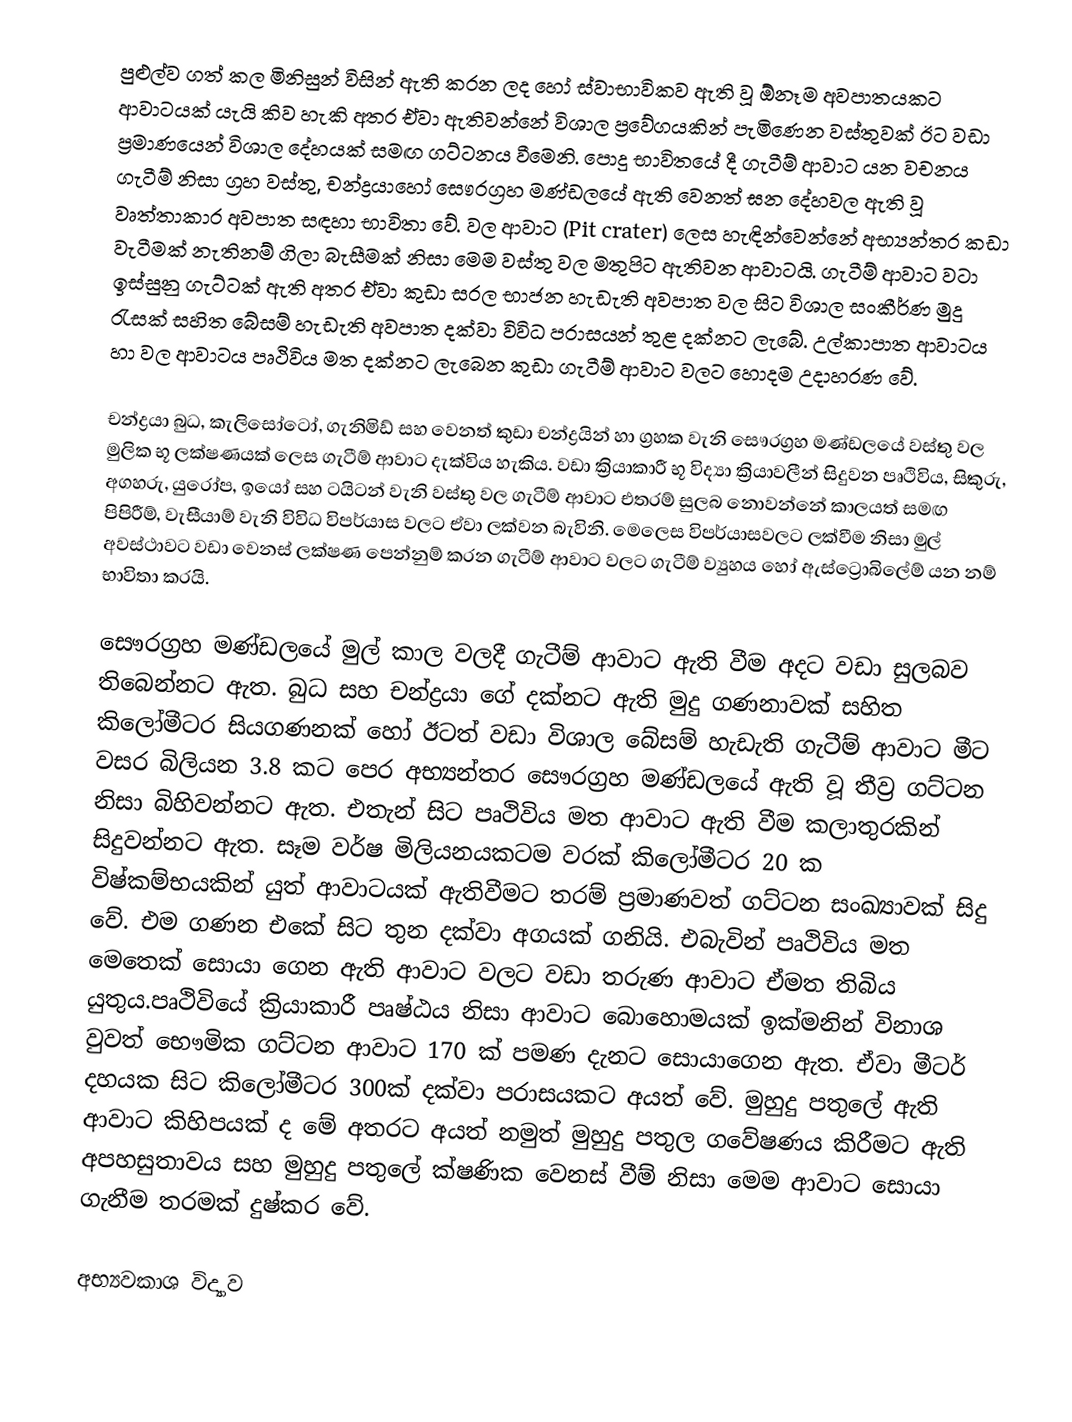
පුළුල්ව ගත් කල මිනිසුන් විසින් ඇති කරන ලද හෝ ස්වාභාවිකව ඇති වූ ඕනෑම අවපාතයකට ආවාටයක් යැයි කිව හැකි අතර ඒවා ඇතිවන්නේ විශාල ප්‍රවේගයකින් පැමිණෙන වස්තුවක් ඊට වඩා ප්‍රමාණයෙන් විශාල දේහයක් සමඟ  ගට්ටනය වීමෙනි.  පොදු භාවිතයේ දී ගැටීම් ආවාට යන වචනය ගැටීම් නිසා ග්‍රහ වස්තු, චන්ද්‍රයා‍හෝ සෞරග්‍රහ මණ්ඩලයේ ඇති වෙනත් ඝන දේහවල ඇති වූ වෘත්තාකාර  අවපාත සඳහා භාවිතා වේ. වල ආවාට (Pit crater) ලෙස හැඳින්වෙන්නේ  අභ්‍යන්තර  කඩා වැටීමක් නැතිනම් ගිලා බැසීමක් නිසා මෙම වස්තු වල මතුපිට ඇතිවන ආවාටයි. ගැටීම් ආවාට වටා ඉස්සුනු ගැට්ටක් ඇති අතර ඒවා කුඩා සරල භාජන  හැඩැති අවපාත වල සිට විශාල සංකීර්ණ මුදු රැසක් සහිත බේසම් හැඩැති අවපාත දක්වා  විවිධ පරාසයන් තුළ දක්නට ලැබේ. උල්කාපාත ආවාටය හා වල ආවාටය පෘථිවිය මත දක්නට ලැ‍බෙන කුඩා ගැටීම් ආවාට වලට හොදම උදාහරණ වේ.

චන්ද්‍රයා බුධ, කැලිසෝටෝ, ගැනිමිඩ් සහ වෙනත් කුඩා චන්ද්‍රයින් හා ග්‍රහක වැනි සෞරග්‍රහ මණ්ඩලයේ වස්තු වල මුලික භූ ලක්ෂණයක් ලෙස ගැටීම්  ආවාට දැක්විය හැකිය. වඩා ක්‍රියාකාරී භූ විද්‍යා ක්‍රියාවලීන්  සිදුවන පෘථිවිය, සිකුරු, අගහරු, යුරෝප,  ඉයෝ සහ ටයිටන් වැනි වස්තු වල ගැටීම් ආවාට එතරම් සුලබ නොවන්නේ  කාලයත් සමඟ පිපිරීම්, වැසීයාම් වැනි විවිධ විපර්යාස වලට ඒවා ලක්වන බැවිනි. මෙලෙස  විපර්යාසවලට ලක්වීම නිසා මුල් අවස්ථාවට වඩා වෙනස් ලක්ෂණ පෙන්නුම් කරන ගැටීම් ආවාට වලට  ගැටීම්  ව්‍යුහය හෝ ඇස්ට්‍රොබිලේම් යන නම් භාවිතා කරයි.

සෞරග්‍රහ මණ්ඩලයේ මුල් කාල වලදී ගැටීම් ආවාට ඇති වීම අදට වඩා සුලබව තිබෙන්නට ඇත. බුධ සහ චන්ද්‍රයා ගේ  දක්නට ඇති මුදු ගණනාවක් සහිත කිලෝමීටර සියගණනක් හෝ ඊටත් වඩා විශාල බේසම් හැඩැති ගැටීම් ආවාට මීට වසර බිලියන 3.8 කට පෙර අභ්‍යන්තර සෞරග්‍රහ මණ්ඩලයේ ඇති වූ තීව්‍ර ගට්ටන නිසා බිහිවන්නට ඇත. එතැන් සිට පෘථිවිය මත ආවාට ඇති වීම  කලාතුරකින් සිදුවන්නට ඇත. සෑම වර්ෂ මිලියනයකටම වරක් කිලෝමීටර 20 ක විෂ්කම්භයකින් යුත් ආවාටයක් ඇතිවීමට තරම් ප්‍රමාණවත් ගට්ටන සංඛ්‍යාවක් සිදු වේ. එම ගණන එකේ සිට තුන දක්වා අගයක් ගනියි.  එබැවින් පෘථිවිය මත මෙතෙක් සොයා ගෙන ඇති ආවාට වලට වඩා තරුණ ආවාට ‍ඒමත තිබිය යුතුය.පෘථිවියේ ක්‍රියාකාරී පෘෂ්ඨය නිසා ආවාට බොහොමයක් ඉක්මනින් විනාශ වුවත් භෞමික ගට්ටන ආවාට 170 ක් පමණ දැනට සොයාගෙන ඇත. ඒවා මීටර් දහයක සිට කිලෝමීටර 300ක් දක්වා පරාසයකට අයත් වේ. මුහුදු පතුලේ ඇති ආවාට  කිහිපයක් ද මේ අතරට අයත් නමුත් මුහුදු පතුල  ගවේෂණය කිරීමට ඇති අපහසුතාවය සහ මුහුදු පතුලේ ක්ෂණික වෙනස් වීම් නිසා මෙම ආවාට සොයා ගැනීම තරමක් දුෂ්කර වේ.

අභ්‍යවකාශ විද්‍යාව